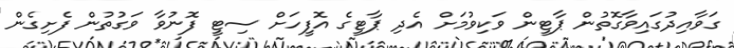
ގަވާއިދުގައިވާގޮތުން ޕާޓީން ވަކިވުމަށް އެދި ޕާޓީގެ އޮފީހަށް ސިޓީ ފޮނުވާ ވަގުތުން ފެށިގެން